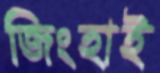
জিংহাই